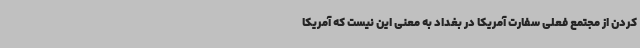
کردن از مجتمع فعلی سفارت آمریکا در بغداد به معنی این نیست که آمریکا